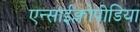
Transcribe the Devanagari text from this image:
एन्साईक्लोपीडिया